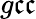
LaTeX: {g\mathfrak{c}\mathfrak{c}}